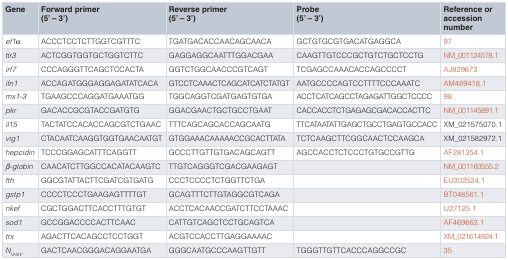
<table><thead><tr><td><b>Gene</b></td><td><b>Forward primer(5’ – 3’)</b></td><td><b>Reverse primer(5’ – 3’)</b></td><td><b>Probe(5’ – 3’)</b></td><td><b>Reference oraccessionnumber</b></td></tr></thead><tbody><tr><td><i>ef1α</i></td><td>ACCCTCCTCTTGGTCGTTTC</td><td>TGATGACACCAACAGCAACA</td><td>GCTGTGCGTGACATGAGGCA</td><td>97</td></tr><tr><td><i>tlr3</i></td><td>ACTCGGTGGTGCTGGTCTTC</td><td>GAGGAGGCAATTTGGACGAA</td><td>CAAGTTGTCCCGCTGTCTGCTCCTG</td><td>NM_001124578.1</td></tr><tr><td><i>irf7</i></td><td>CCCAGGGTTCAGCTCCACTA</td><td>GGTCTGGCAACCCGTCAGT</td><td>TCGAGCCAAACACCAGCCCCT</td><td>AJ829673</td></tr><tr><td><i>ifn1</i></td><td>ACCAGATGGGAGGAGATATCACA</td><td>GTCCTCAAACTCAGCATCATCTATGT</td><td>AATGCCCCAGTCCTTTTCCCAAATC</td><td>AM489418.1</td></tr><tr><td><i>mx1-3</i></td><td>TGAAGCCCAGGATGAAATGG</td><td>TGGCAGGTCGATGAGTGTGA</td><td>ACCTCATCAGCCTAGAGATTGGCTCCCC</td><td>98</td></tr><tr><td><i>pkr</i></td><td>GACACCGCGTACCGATGTG</td><td>GGACGAACTGCTGCCTGAAT</td><td>CACCACCTCTGAGAGCGACACCACTTC</td><td>NM_001145891.1</td></tr><tr><td><i>il15</i></td><td>TACTATCCACACCAGCGTCTGAAC</td><td>TTTCAGCAGCACCAGCAATG</td><td>TTCATAATATTGAGCTGCCTGAGTGCCACC</td><td>XM_021575070.1</td></tr><tr><td><i>vig1</i></td><td>CTACAATCAAGGTGGTGAACAATGT</td><td>GTGGAAACAAAAACCGCACTTATA</td><td>TCTCAAGCTTCGGCAACTCCAAGCA</td><td>XM_021582972.1</td></tr><tr><td><i>hepcidin</i></td><td>TCCCGGAGCATTTCAGGTT </td><td>GCCCTTGTTGTGACAGCAGTT</td><td>AGCCACCTCTCCCTGTGCCGTTG</td><td>AF281354.1</td></tr><tr><td><i>β-globin</i></td><td>CAACATCTTGGCCACATACAAGTC</td><td>TTGTCAGGGTCGACGAAGAGT</td><td></td><td>NM_001160555.2</td></tr><tr><td><i>fth</i></td><td>GGCGTATTACTTCGATCGTGATG</td><td>CCCTCCCCTCTGGTTCTGA</td><td></td><td>EU302524.1</td></tr><tr><td><i>gstp1</i></td><td>CCCCTCCCTGAAGAGTTTTGT</td><td>GCAGTTTCTTGTAGGCGTCAGA</td><td></td><td>BT048561.1</td></tr><tr><td><i>nkef</i></td><td>CGCTGGACTTCACCTTTGTGT</td><td>ACCTCACAACCGATCTTCCTAAAC</td><td></td><td>U27125.1</td></tr><tr><td><i>sod1</i></td><td>GCCGGACCCCACTTCAAC</td><td>CATTGTCAGCTCCTGCAGTCA</td><td></td><td>AF469663.1</td></tr><tr><td><i>trx</i></td><td>AGACTTCACAGCCTCCTGGT</td><td>ACGTCCACCTTGAGGAAAAC</td><td></td><td>XM_021614924.1</td></tr><tr><td><i>N<sub>VHSV</sub></i></td><td>GACTCAACGGGACAGGAATGA</td><td>GGGCAATGCCCAAGTTGTT</td><td>TGGGTTGTTCACCCAGGCCGC</td><td>35</td></tr></tbody></table>